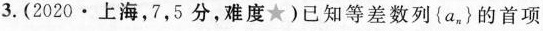
3.（2020·上海，7，5分，难度★）已知等差数列{a_{n}}的首项